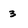
Character: 3